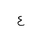
Letter: _ayn